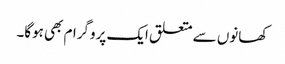
کھانوں سے متعلق ایک پروگرام بھی ہوگا۔